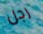
رجل